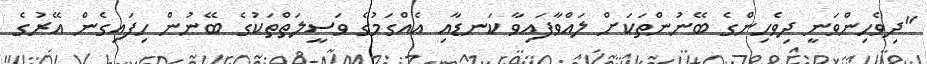
"ދިވެހިންވަނީ ދިވެހިންގެ ބޭނުންތަކަށް ލައްވާފައިވާ ކަނޑާއި އެއްގަމުގެ ވަސީލަތްތަކުގެ ބޭނުން ހިފައިގެން އޭރުގެ